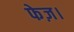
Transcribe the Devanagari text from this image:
फेज़।